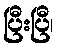
ပြီးပြီ၊